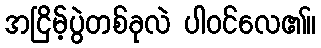
အငြိမ့်ပွဲတစ်ခုလဲ ပါဝင်လေ၏။